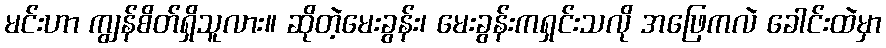
မင်းဟာ ကျွန်စိတ်ရှိသူလား။ ဆိုတဲ့မေးခွန်း၊ မေးခွန်းကရှင်းသလို အဖြေကလဲ ခေါင်းထဲမှာ